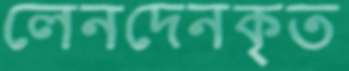
লেনদেনকৃত